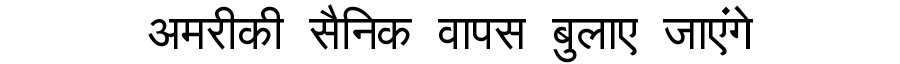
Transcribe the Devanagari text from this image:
अमरीकी सैनिक वापस बुलाए जाएंगे